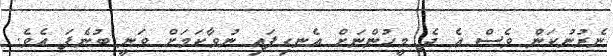
ނެރުނުކަން ވެސް އެ ދެ މީހުންނަށް އެނގިފައި ނުވާކަމަށް ވަނީ ބުނެފަ އެވެ.